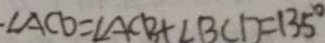
. \angle A C D = \angle A C B + \angle B C D = 1 3 5 ^ { \circ }